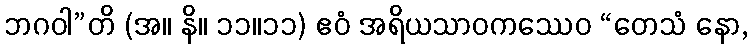
ဘဂဝါ”တိ (အ။ နိ။ ၁၁။၁၁) ဧဝံ အရိယသာဝကဿေဝ “တေသံ နော,